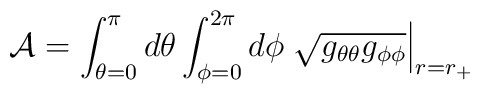
{\cal A} = \int_{\theta=0}^\pi d\theta \int_{\phi=0}^{2\pi}d\phi\left.\sqrt{g_{\theta\theta}g_{\phi\phi}}\right|_{r=r_{+}}